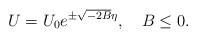
LaTeX: \begin{align*}U=U_0 e^{\pm \sqrt{-2B}\eta},\quad B\le0.\end{align*}